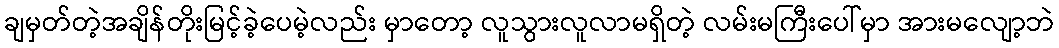
ချမှတ်တဲ့အချိန်တိုးမြင့်ခဲ့ပေမဲ့လည်း မှာတော့ လူသွားလူလာမရှိတဲ့ လမ်းမကြီးပေါ်မှာ အားမလျော့ဘဲ